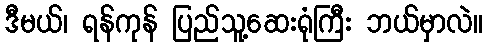
ဒီမယ်၊ ရန်ကုန် ပြည်သူ့ဆေးရုံကြီး ဘယ်မှာလဲ။